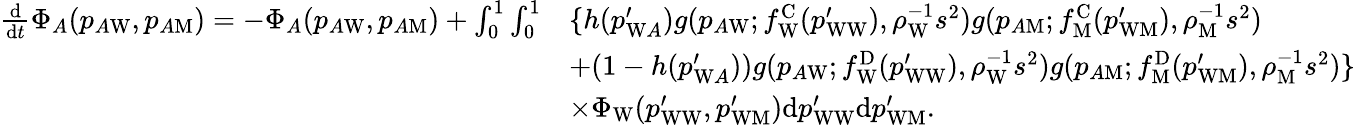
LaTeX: \begin{array}{rl}{\frac{\mathrm{d}}{\mathrm{d}t}\Phi_{A}(p_{A\mathrm{W}},p_{A\mathrm{M}})=-\Phi_{A}(p_{A\mathrm{W}},p_{A\mathrm{M}})+\int_{0}^{1}\int_{0}^{1}}&{\{ h(p_{\mathrm{W}A}^{\prime})g(p_{A\mathrm{W}};f_{\mathrm{W}}^{\mathrm{C}}(p_{\mathrm{WW}}^{\prime}),\rho_{\mathrm{W}}^{-1}s^{2})g(p_{A\mathrm{M}};f_{\mathrm{M}}^{\mathrm{C}}(p_{\mathrm{WM}}^{\prime}),\rho_{\mathrm{M}}^{-1}s^{2})}\\ &{+(1-h(p_{\mathrm{W}A}^{\prime}))g(p_{A\mathrm{W}};f_{\mathrm{W}}^{\mathrm{D}}(p_{\mathrm{WW}}^{\prime}),\rho_{\mathrm{W}}^{-1}s^{2})g(p_{A\mathrm{M}};f_{\mathrm{M}}^{\mathrm{D}}(p_{\mathrm{WM}}^{\prime}),\rho_{\mathrm{M}}^{-1}s^{2})\} }\\ &{\times\Phi_{\mathrm{W}}(p_{\mathrm{WW}}^{\prime},p_{\mathrm{WM}}^{\prime})\mathrm{d}p_{\mathrm{WW}}^{\prime}\mathrm{d}p_{\mathrm{WM}}^{\prime}.}\end{array}